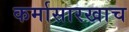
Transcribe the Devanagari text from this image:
कर्मासारखाच